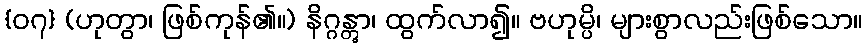
{၀၇} (ဟုတွာ၊ ဖြစ်ကုန်၏။) နိဂ္ဂန္တွာ၊ ထွက်လာ၍။ ဗဟုမ္ပိ၊ များစွာလည်းဖြစ်သော။